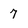
Character: 7